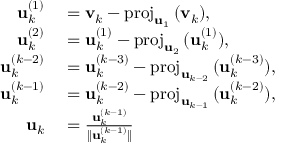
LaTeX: \begin{array} { r l } { \mathbf { u } _ { k } ^ { ( 1 ) } } & { { } = \mathbf { v } _ { k } - \mathrm { p r o j } _ { \mathbf { u } _ { 1 } } \, ( \mathbf { v } _ { k } ) , } \\ { \mathbf { u } _ { k } ^ { ( 2 ) } } & { { } = \mathbf { u } _ { k } ^ { ( 1 ) } - \mathrm { p r o j } _ { \mathbf { u } _ { 2 } } \, ( \mathbf { u } _ { k } ^ { ( 1 ) } ) , } \\ { \mathbf { u } _ { k } ^ { ( k - 2 ) } } & { { } = \mathbf { u } _ { k } ^ { ( k - 3 ) } - \mathrm { p r o j } _ { \mathbf { u } _ { k - 2 } } \, ( \mathbf { u } _ { k } ^ { ( k - 3 ) } ) , } \\ { \mathbf { u } _ { k } ^ { ( k - 1 ) } } & { { } = \mathbf { u } _ { k } ^ { ( k - 2 ) } - \mathrm { p r o j } _ { \mathbf { u } _ { k - 1 } } \, ( \mathbf { u } _ { k } ^ { ( k - 2 ) } ) , } \\ { \mathbf { u } _ { k } } & { { } = { \frac { \mathbf { u } _ { k } ^ { ( k - 1 ) } } { \| \mathbf { u } _ { k } ^ { ( k - 1 ) } \| } } } \end{array}